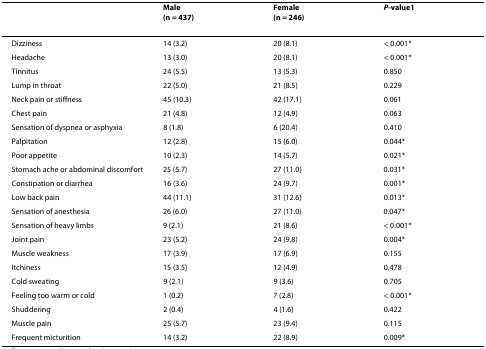
<table><thead><tr><td></td><td><b>Male(n = 437)</b></td><td><b>Female(n = 246)</b></td><td><b><i>P-</i>value<sup>1</sup></b></td></tr></thead><tbody><tr><td>Dizziness</td><td>14 (3.2)</td><td>20 (8.1)</td><td>&lt; 0.001*</td></tr><tr><td>Headache</td><td>13 (3.0)</td><td>20 (8.1)</td><td>&lt; 0.001*</td></tr><tr><td>Tinnitus</td><td>24 (5.5)</td><td>13 (5.3)</td><td>0.850</td></tr><tr><td>Lump in throat</td><td>22 (5.0)</td><td>21 (8.5)</td><td>0.229</td></tr><tr><td>Neck pain or stiffness</td><td>45 (10.3)</td><td>42 (17.1)</td><td>0.061</td></tr><tr><td>Chest pain</td><td>21 (4.8)</td><td>12 (4.9)</td><td>0.063</td></tr><tr><td>Sensation of dyspnea or asphyxia</td><td>8 (1.8)</td><td>6 (20.4)</td><td>0.410</td></tr><tr><td>Palpitation</td><td>12 (2.8)</td><td>15 (6.0)</td><td>0.044*</td></tr><tr><td>Poor appetite</td><td>10 (2.3)</td><td>14 (5.7)</td><td>0.021*</td></tr><tr><td>Stomach ache or abdominal discomfort</td><td>25 (5.7)</td><td>27 (11.0)</td><td>0.031*</td></tr><tr><td>Constipation or diarrhea</td><td>16 (3.6)</td><td>24 (9.7)</td><td>0.001*</td></tr><tr><td>Low back pain</td><td>44 (11.1)</td><td>31 (12.6)</td><td>0.013*</td></tr><tr><td>Sensation of anesthesia</td><td>26 (6.0)</td><td>27 (11.0)</td><td>0.047*</td></tr><tr><td>Sensation of heavy limbs</td><td>9 (2.1)</td><td>21 (8.6)</td><td>&lt; 0.001*</td></tr><tr><td>Joint pain</td><td>23 (5.2)</td><td>24 (9.8)</td><td>0.004*</td></tr><tr><td>Muscle weakness</td><td>17 (3.9)</td><td>17 (6.9)</td><td>0.155</td></tr><tr><td>Itchiness</td><td>15 (3.5)</td><td>12 (4.9)</td><td>0.478</td></tr><tr><td>Cold sweating</td><td>9 (2.1)</td><td>9 (3.6)</td><td>0.705</td></tr><tr><td>Feeling too warm or cold</td><td>1 (0.2)</td><td>7 (2.8)</td><td>&lt; 0.001*</td></tr><tr><td>Shuddering</td><td>2 (0.4)</td><td>4 (1.6)</td><td>0.422</td></tr><tr><td>Muscle pain</td><td>25 (5.7)</td><td>23 (9.4)</td><td>0.115</td></tr><tr><td>Frequent micturition</td><td>14 (3.2)</td><td>22 (8.9)</td><td>0.009*</td></tr></tbody></table>